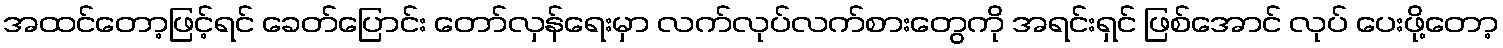
အထင်တော့ဖြင့်ရင် ခေတ်ပြောင်း တော်လှန်ရေးမှာ လက်လုပ်လက်စားတွေကို အရင်းရှင် ဖြစ်အောင် လုပ် ပေးဖို့တော့